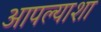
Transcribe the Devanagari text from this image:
आपल्याशा